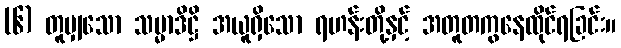
(၆) တူမျှသော သမ္မာဒိဋ္ဌိ အယူရှိသော ရဟန်းတို့နှင့် အတူတကွနေထိုင်ရခြင်း။